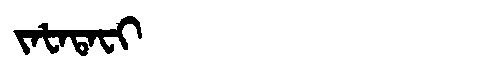
Manchu: ᠵᠠᡶᠠᡨᠠᠸᡳ
Romanization: JAFATAFI